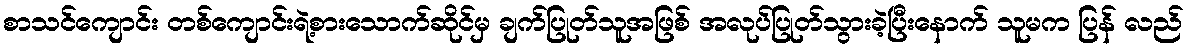
စာသင်ကျောင်း တစ်ကျောင်းရဲ့စားသောက်ဆိုင်မှ ချက်ပြုတ်သူအဖြစ် အလုပ်ပြုတ်သွားခဲ့ပြီးနောက် သူမက ပြန် လည်